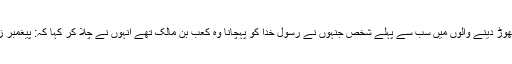
میدان چھوڑ دینے والوں میں سب سے پہلے شخص جنہوں نے رسول خدا کو پہچانا وہ کعب بن مالک تھے انہوں نے چلا کر کہا کہ: پیغمبر زندہ ہیں۔